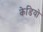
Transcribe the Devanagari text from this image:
केडियो